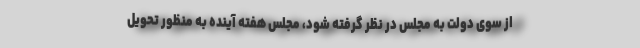
از سوی دولت به مجلس در نظر گرفته شود، مجلس هفته آینده به منظور تحویل